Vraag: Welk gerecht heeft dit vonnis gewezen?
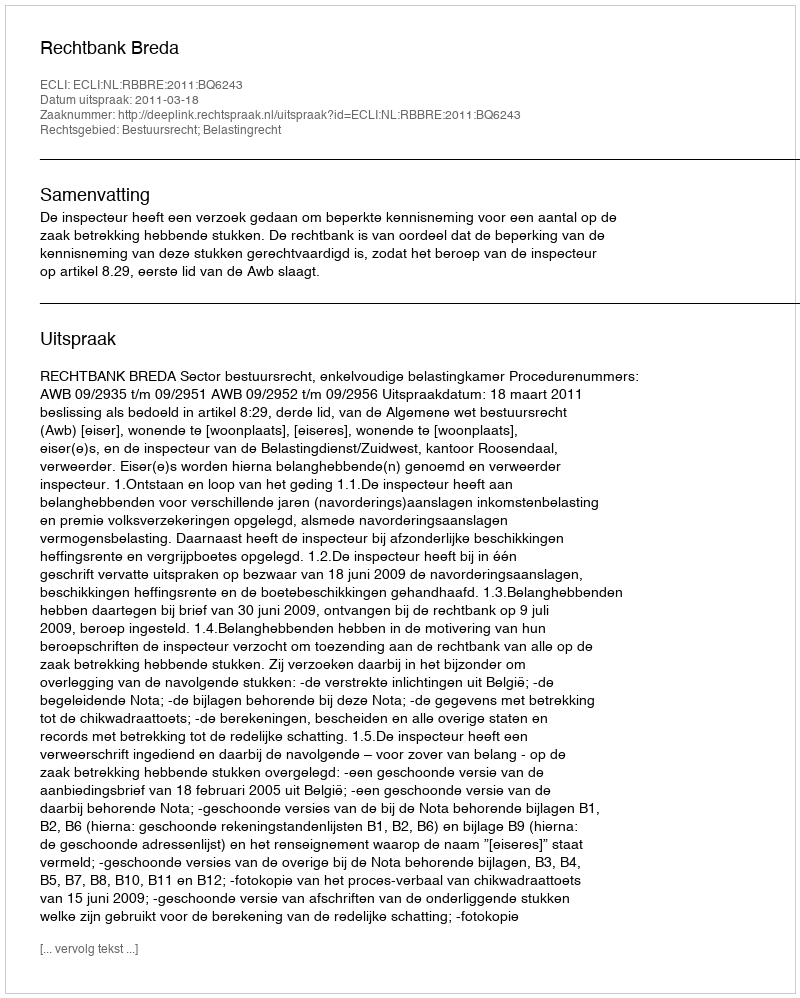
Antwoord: Rechtbank Breda